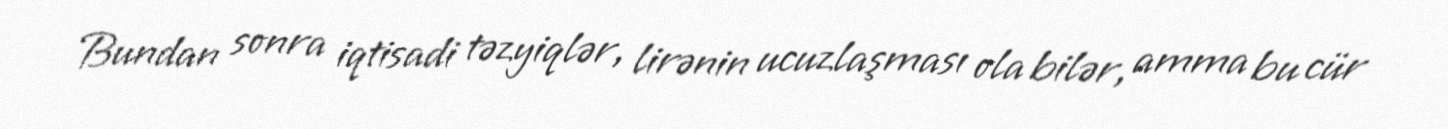
Bundan sonra iqtisadi təzyiqlər, lirənin ucuzlaşması ola bilər, amma bu cür